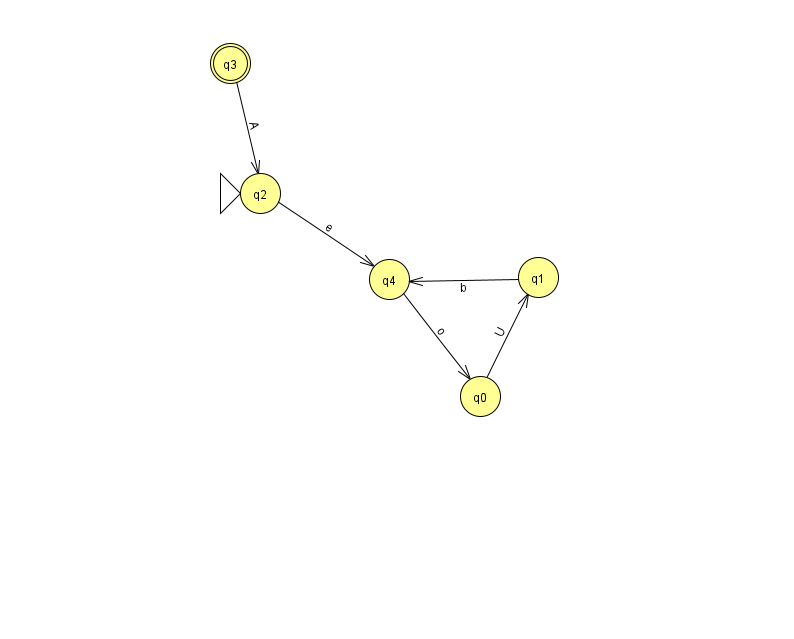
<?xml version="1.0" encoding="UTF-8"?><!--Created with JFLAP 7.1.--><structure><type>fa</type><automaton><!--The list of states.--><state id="0" name="q0"><x>480.0</x><y>383.0</y></state><state id="1" name="q1"><x>538.0</x><y>264.0</y></state><state id="2" name="q2"><x>260.0</x><y>180.0</y><initial/></state><state id="3" name="q3"><x>230.0</x><y>50.0</y><final/></state><state id="4" name="q4"><x>389.0</x><y>266.0</y></state><!--The list of transitions.--><transition><from>0</from><to>1</to><read>U</read></transition><transition><from>1</from><to>4</to><read>b</read></transition><transition><from>3</from><to>2</to><read>A</read></transition><transition><from>2</from><to>4</to><read>e</read></transition><transition><from>4</from><to>0</to><read>o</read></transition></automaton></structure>